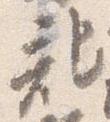
記